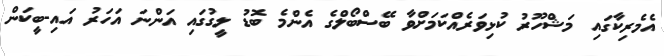
އެމެރިކާގައި މަޝްހޫރު ކުޅިވަރެއްކަމަށްވާ ބޭސްބޯލްގެ އެންމެ ބޮޑު ލީގުގައި އަންނަ އަހަރު އައި-ބީކަން